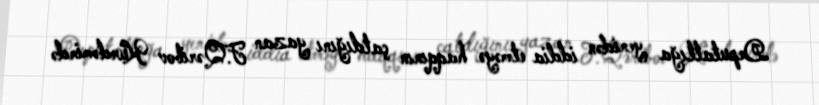
Deputatlığa yenidən iddia etməyə haqqının çatdığını yazan F.Qəribov Kürdəmirdə